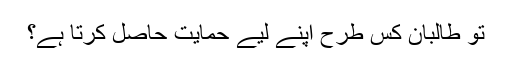
تو طالبان کس طرح اپنے لیے حمایت حاصل کرتا ہے؟